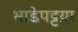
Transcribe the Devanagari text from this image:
भाडेपट्टय़ा